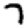
Digit: 7